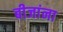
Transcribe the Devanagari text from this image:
बीजांना